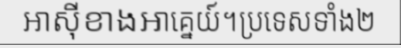
អាស៊ីខាងអាគ្នេយ៍។ប្រទេសទាំង២